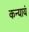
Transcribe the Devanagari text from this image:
कन्यायं